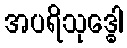
အပရိသုဒ္ဓေါ